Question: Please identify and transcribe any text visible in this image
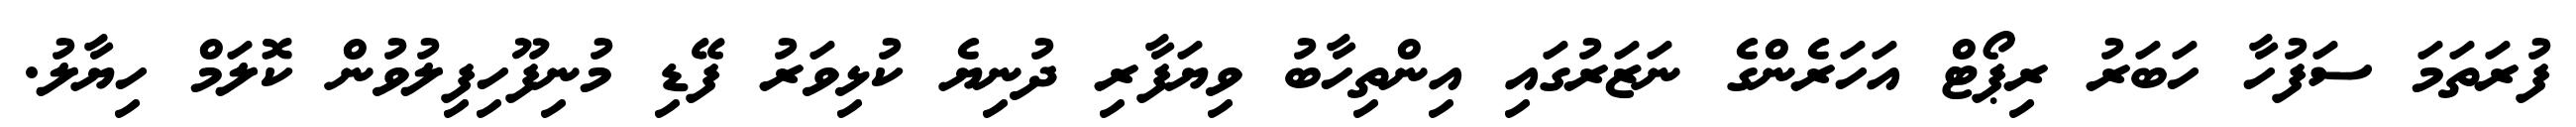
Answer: ފުރަތަމަ ސަފުހާ ހަބަރު ރިޕޯޓް އަހަރެންގެ ނަޒަރުގައި އިންތިހާބު ވިޔަފާރި ދުނިޔެ ކުޅިވަރު ފޭޑި މުނިފޫހިފިލުވުން ކޮލަމް ހިޔާލު.